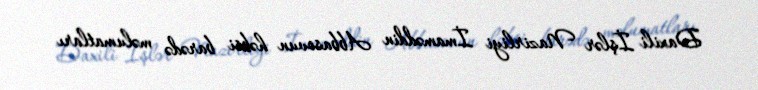
Daxili İşlər Nazirliyi İmaməddin Abbasovun həbsi barədə məlumatları